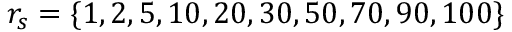
r _ { s } = \{ 1 , 2 , 5 , 1 0 , 2 0 , 3 0 , 5 0 , 7 0 , 9 0 , 1 0 0 \}